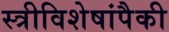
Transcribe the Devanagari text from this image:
स्त्रीविशेषांपैकी